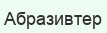
Абразивтер